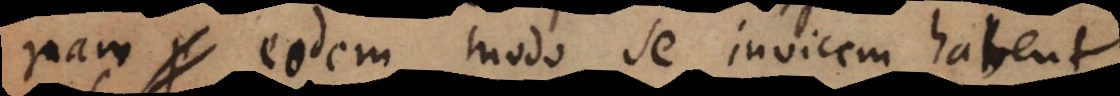
nam eodem modo se invicem habent.